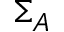
\Sigma _ { A }